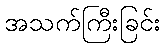
အသက်ကြီးခြင်း